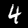
Label: 4